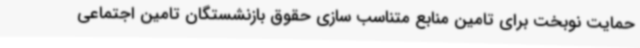
حمایت نوبخت برای تامین منابع متناسب سازی حقوق بازنشستگان تامین اجتماعی